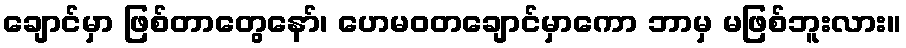
ချောင်မှာ ဖြစ်တာတွေနော်၊ ဟေမဝတချောင်မှာကော ဘာမှ မဖြစ်ဘူးလား။